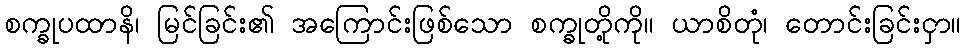
စက္ခုပထာနိ၊ မြင်ခြင်း၏ အကြောင်းဖြစ်သော စက္ခုတို့ကို။ ယာစိတုံ၊ တောင်းခြင်းငှာ။